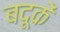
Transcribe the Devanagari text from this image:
बदूकें